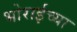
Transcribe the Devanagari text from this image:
भोराईच्या